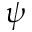
\psi